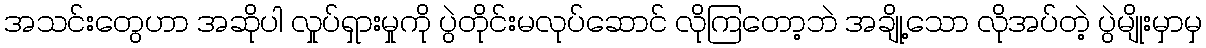
အသင်းတွေဟာ အဆိုပါ လှုပ်ရှားမှုကို ပွဲတိုင်းမလုပ်ဆောင် လိုကြတော့ဘဲ အချို့သော လိုအပ်တဲ့ ပွဲမျိုးမှာမှ